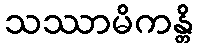
သဿာမိကန္တိ